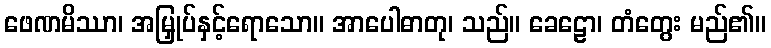
ဖေဏမိဿာ၊ အမြှုပ်နှင့်ရောသော။ အာပေါဓာတု၊ သည်။ ခေဠော၊ တံတွေး မည်၏။